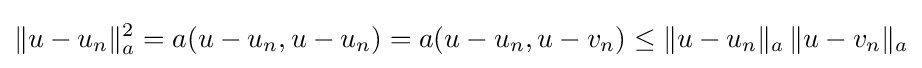
\|u-u_{n}\|_{a}^{2}=a(u-u_{n},u-u_{n})=a(u-u_{n},u-v_{n})\leq \|u-u_{n}\|_{a}\,\|u-v_{n}\|_{a}